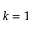
k = 1